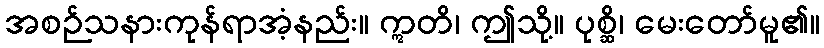
အစဉ်သနားကုန်ရာအံ့နည်း။ ဣတိ၊ ဤသို့။ ပုစ္ဆိ၊ မေးတော်မူ၏။